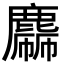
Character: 𪋙